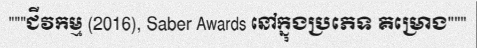
"""ជីវកម្ម (2016), Saber Awards នៅក្នុងប្រភេទ គម្រោង"""